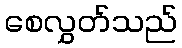
စေလွှတ်သည်